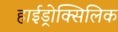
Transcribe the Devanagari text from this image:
हाईड्रोक्सिलिक